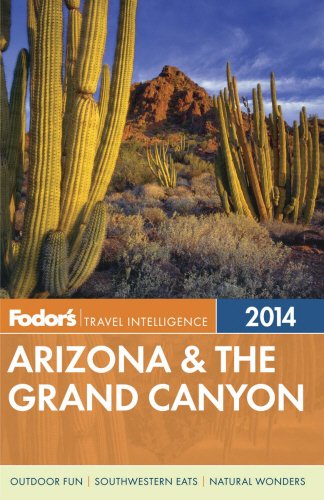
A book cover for Fodor's Arizona & the Grand Canyon 2014 (Full-color Travel Guide); Fodor's; Travel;